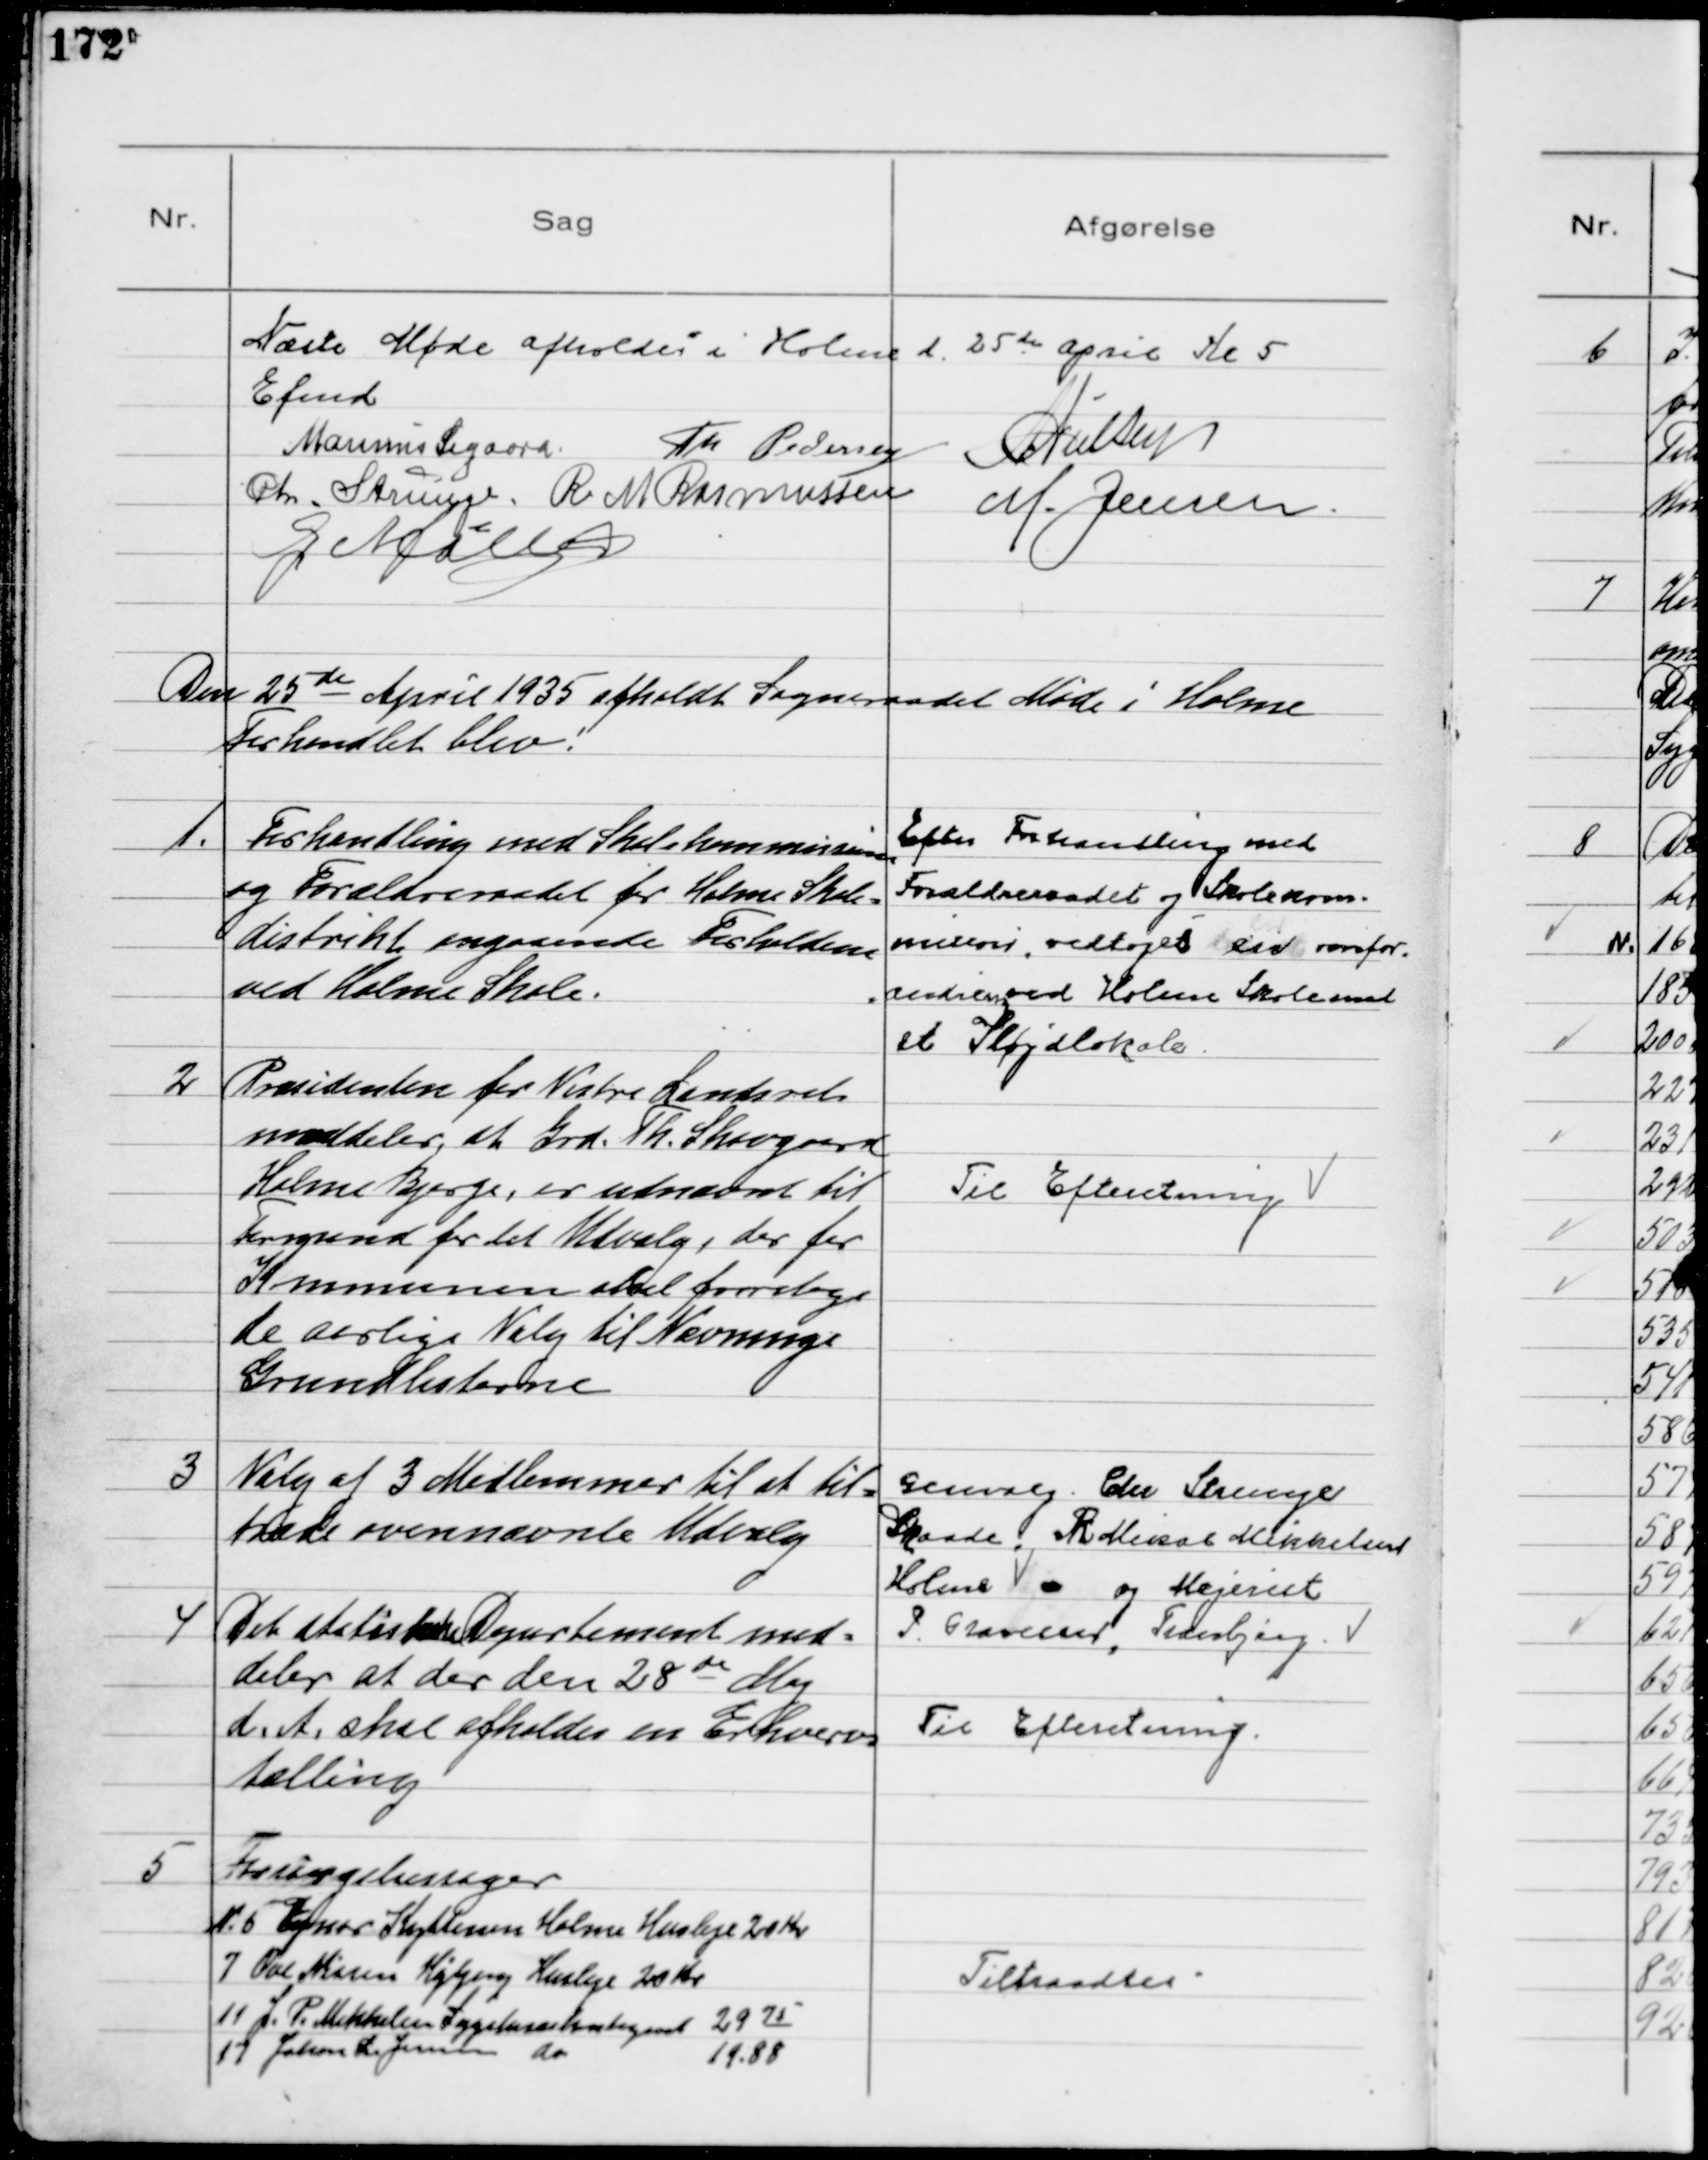
Transskription:
Næste Møde afholdes i Holme d. 25de April Kl 5
Efmd.
Marinus Sigaard Th Pedersen N Nielsen
Chr. Strunge. R M Rasmussen 
M. Jensen
G Møller

Den 25de April 1935 afholdt Sogneraadet Møde i Holme
Forhandlet blev!

1.
Forhandling med Skolekommissionen
og Forældreraadet for Holme Skole=
distrikt angaaende Forholdene
ved Holme Skole.
Efter Forhandling med
Forældreraadet og Skolekom=
mission vedtoges en omfor-
-andring ved Holme Skole med
et Sløjdlokale
2
Præsidenten for Vestre Landsret
meddeler, at Grd. Th. Skovgaard
Holme Bjerge, er udnævnt til
Formand for det Udvalg, der for
Kommunen skal foretage
de Aarlige Valg til Nævninge
Grundlisterne
Til Efteretning

3
Valg af 3 Medlemmer til at til=
træde ovennævnte Udvalg

Genvalg Chr Strunge
Skaade, R  Meisal Mikkelsen
Holme og Mejerist
P Gravesen, Tranbjerg

4
Det statistiske Departement med=
deler at der den 28de Maj
d. A. skal afholdes en Erhvervs
tælling

Til Efteretning

5
Forsørgelsessager
№ 5 Ejnar Kyttenen Holme Husleje 20 Kr
7 Ove Nissen Højbjerg Husleje 20 Kr
11 J. P. Mikkelsen Sygekassekontingent 29 75
17 Johan L. Jensen do   
19.88

Tiltraadtes